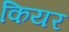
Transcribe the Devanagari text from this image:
कियर